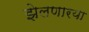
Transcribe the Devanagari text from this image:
झेलणारया